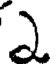
ఎ